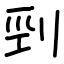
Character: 剄